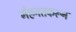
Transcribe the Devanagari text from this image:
मेहनतकरून